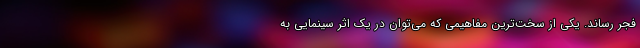
فجر رساند. یکی از سخت‌ترین مفاهیمی که می‌توان در یک اثر سینمایی به